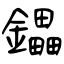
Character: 鑘